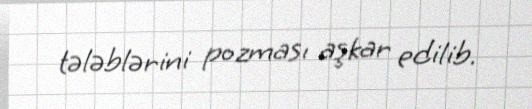
tələblərini pozması aşkar edilib.